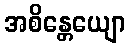
အစိန္တေယျော